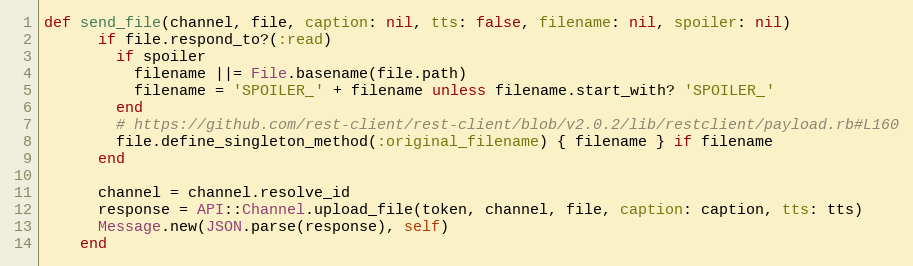
Language: Ruby
def send_file(channel, file, caption: nil, tts: false, filename: nil, spoiler: nil)
      if file.respond_to?(:read)
        if spoiler
          filename ||= File.basename(file.path)
          filename = 'SPOILER_' + filename unless filename.start_with? 'SPOILER_'
        end
        # https://github.com/rest-client/rest-client/blob/v2.0.2/lib/restclient/payload.rb#L160
        file.define_singleton_method(:original_filename) { filename } if filename
      end

      channel = channel.resolve_id
      response = API::Channel.upload_file(token, channel, file, caption: caption, tts: tts)
      Message.new(JSON.parse(response), self)
    end